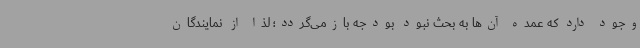
وجود دارد که عمده آن‌ها به بحث نبود بودجه بازمی‌گردد؛ لذا از نمایندگان